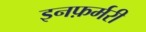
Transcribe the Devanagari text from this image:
इनफ़र्मरी